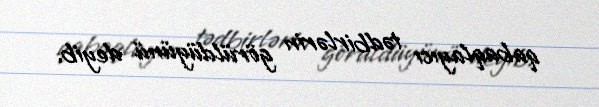
qabaqlayıcı tədbirlərin görüldüyünü deyib.